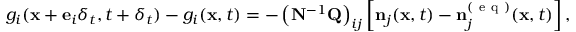
g _ { i } ( \mathbf { x } + \mathbf { e } _ { i } \delta _ { t } , t + \delta _ { t } ) - g _ { i } ( \mathbf { x } , t ) = - \left( \mathbf { N } ^ { - 1 } \mathbf { Q } \right) _ { i j } \left[ \mathbf { n } _ { j } ( \mathbf { x } , t ) - \mathbf { n } _ { j } ^ { ( \mathrm { ~ e ~ q ~ } ) } ( \mathbf { x } , t ) \right] ,